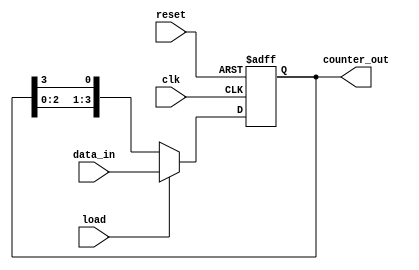
module loadable_ring_counter #(
    parameter WIDTH = 4 // Width of the ring counter (number of flip-flops)
)(
    input wire clk,         // Clock signal
    input wire reset,       // Reset signal
    input wire load,        // Load signal
    input wire [WIDTH-1:0] data_in, // Data input to load into the counter
    output reg [WIDTH-1:0] counter_out // Current state of the counter
);

    always @(posedge clk or posedge reset) begin
        if (reset) begin
            // Reset all flip-flops to 0
            counter_out <= {WIDTH{1'b0}};
        end else if (load) begin
            // Load the new value into the counter
            counter_out <= data_in;
        end else begin
            // Shift the '1' around the ring
            counter_out <= {counter_out[WIDTH-2:0], counter_out[WIDTH-1]}; // Shift right
            // Uncomment the line below if you want to shift left instead
            // counter_out <= {counter_out[0], counter_out[WIDTH-1:1]}; // Shift left
        end
    end

endmodule